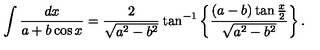
\int { \frac { d x } { a + b \cos x } } = { \frac { 2 } { \sqrt { a ^ { 2 } - b ^ { 2 } } } } \tan ^ { - 1 } \left\{ \frac { ( a - b ) \tan { \frac { x } { 2 } } } { \sqrt { a ^ { 2 } - b ^ { 2 } } } \right\} .